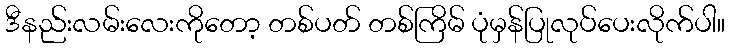
ဒီနည်းလမ်းလေးကိုတော့ တစ်ပတ် တစ်ကြိမ် ပုံမှန်ပြုလုပ်ပေးလိုက်ပါ။